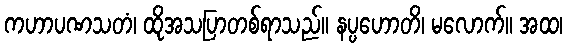
ကဟာပဏသတံ၊ ထိုအသပြာတစ်ရာသည်။ နပ္ပဟောတိ၊ မလောက်။ အထ၊